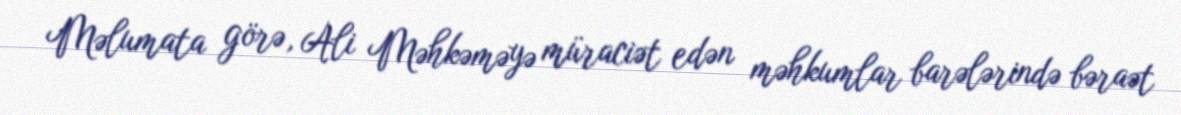
Məlumata görə, Ali Məhkəməyə müraciət edən məhkumlar barələrində bəraət